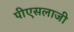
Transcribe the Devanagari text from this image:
पीएसलाजी